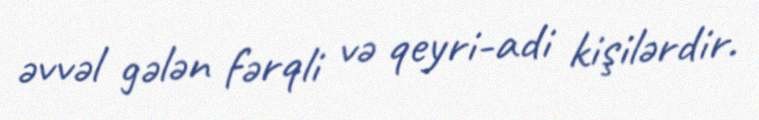
əvvəl gələn fərqli və qeyri-adi kişilərdir.